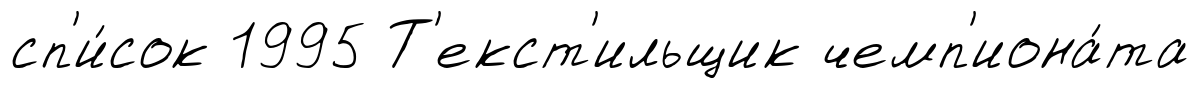
сп'и́сок 1995 Т'екст'ильщик чемп'иона́та